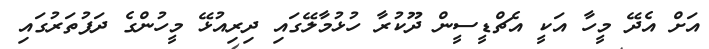
އަށް އެދޭ މީހާ އަކީ އެޗްޑީސީން ދޫކުރާ ހުޅުމާލޭގައި ދިރިއުޅޭ މީހުންގެ ދަފުތަރުގައި